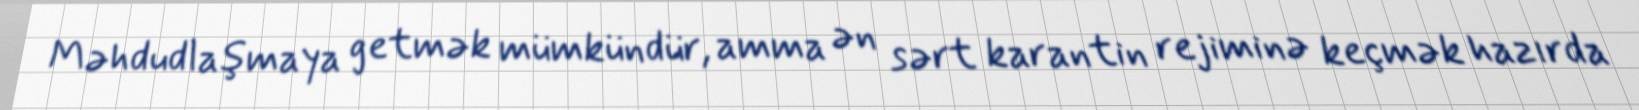
Məhdudlaşmaya getmək mümkündür, amma ən sərt karantin rejiminə keçmək hazırda